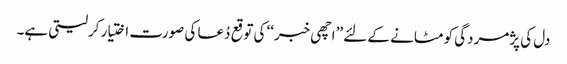
دل کی پژمردگی کو مٹانے کے لئے ’’اچھی خبر‘‘ کی توقع دُعا کی صورت اختیار کرلیتی ہے۔